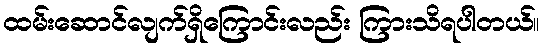
ထမ်းဆောင်လျက်ရှိကြောင်းလည်း ကြားသိရပါတယ်။